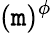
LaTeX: (\mathtt{m})^{\phi}